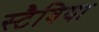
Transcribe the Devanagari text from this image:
स्टैविया